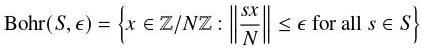
\[\text{Bohr}(S, \epsilon) = \left\{x \in \mathbb{Z}/N\mathbb{Z} : \left\|\frac{sx}{N}\right\| \leq \epsilon \text{ for all } s \in S\right\}\]